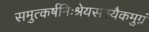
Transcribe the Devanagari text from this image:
समुत्कर्षनिःश्रेयसस्यैकमुग्रं